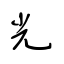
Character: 光